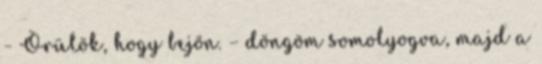
- Örülök, hogy bejön. – döngöm somolyogva, majd a